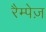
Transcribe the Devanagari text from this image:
रैम्पेज़